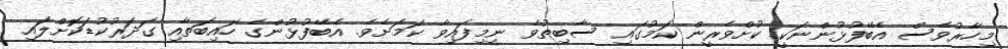
މިހާރުވެސް އެބޭފުޅުންނަކީ ކުށްވެރީން ކަމުގައި ސާބިތުވެ ނިމިފައިވާ ކަމަށެވެ. އެބޭފުޅުންގެ ހައިބަތާއި ގަދަރުކުޑަކޮށްލައި